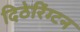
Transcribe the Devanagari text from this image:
दिठेरिंग्टन